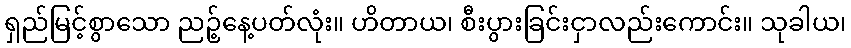
ရှည်မြင့်စွာသော ညဉ့်နေ့ပတ်လုံး။ ဟိတာယ၊ စီးပွားခြင်းငှာလည်းကောင်း။ သုခါယ၊